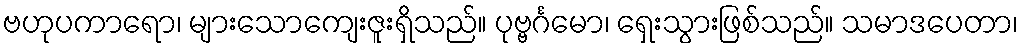
ဗဟုပကာရော၊ များသောကျေးဇူးရှိသည်။ ပုဗ္ဗင်္ဂမော၊ ရှေးသွားဖြစ်သည်။ သမာဒပေတာ၊